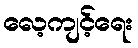
လေ့ကျင့်ရေး